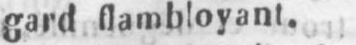
gard flambloyant.